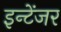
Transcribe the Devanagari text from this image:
इन्टेंजर